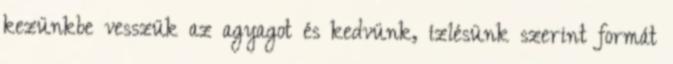
kezünkbe vesszük az agyagot és kedvünk, ízlésünk szerint formát